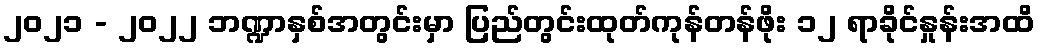
၂၀၂၁ - ၂၀၂၂ ဘဏ္ဍာနှစ်အတွင်းမှာ ပြည်တွင်းထုတ်ကုန်တန်ဖိုး ၁၂ ရာခိုင်နှုန်းအထိ